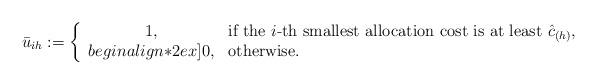
LaTeX: \begin{align*} \bar{u}_{ih} := \left\{ \begin{array}{cl} 1, & \mbox{if the $i$-th smallest allocation cost is at least $\hat{c}_{(h)}$,}\\begin{align*}2ex] 0, & \mbox{otherwise.} \end{array} \right.\end{align*}